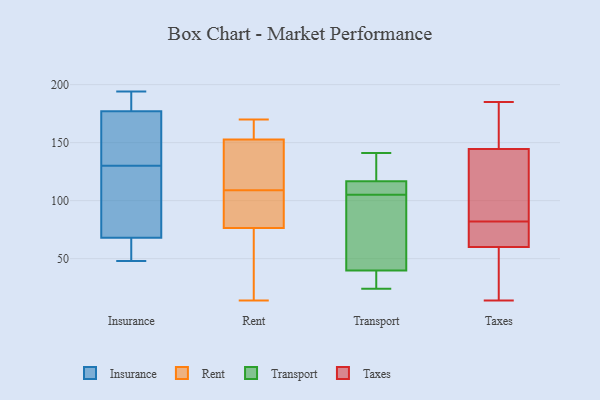
{"axis": {"x": "Budget (USD K)", "y": "Value"}, "legend": ["Insurance", "Rent", "Taxes", "Transport"], "data": [{"x": "", "y": 53, "type": "Insurance"}, {"x": "", "y": 48, "type": "Insurance"}, {"x": "", "y": 183, "type": "Insurance"}, {"x": "", "y": 158, "type": "Insurance"}, {"x": "", "y": 73, "type": "Insurance"}, {"x": "", "y": 186, "type": "Insurance"}, {"x": "", "y": 173, "type": "Insurance"}, {"x": "", "y": 135, "type": "Insurance"}, {"x": "", "y": 194, "type": "Insurance"}, {"x": "", "y": 177, "type": "Insurance"}, {"x": "", "y": 68, "type": "Insurance"}, {"x": "", "y": 125, "type": "Insurance"}, {"x": "", "y": 92, "type": "Insurance"}, {"x": "", "y": 61, "type": "Insurance"}, {"x": "", "y": 72, "type": "Rent"}, {"x": "", "y": 158, "type": "Rent"}, {"x": "", "y": 167, "type": "Rent"}, {"x": "", "y": 44, "type": "Rent"}, {"x": "", "y": 151, "type": "Rent"}, {"x": "", "y": 93, "type": "Rent"}, {"x": "", "y": 138, "type": "Rent"}, {"x": "", "y": 138, "type": "Rent"}, {"x": "", "y": 127, "type": "Rent"}, {"x": "", "y": 78, "type": "Rent"}, {"x": "", "y": 26, "type": "Rent"}, {"x": "", "y": 97, "type": "Rent"}, {"x": "", "y": 96, "type": "Rent"}, {"x": "", "y": 14, "type": "Rent"}, {"x": "", "y": 169, "type": "Rent"}, {"x": "", "y": 170, "type": "Rent"}, {"x": "", "y": 109, "type": "Rent"}, {"x": "", "y": 120, "type": "Transport"}, {"x": "", "y": 24, "type": "Transport"}, {"x": "", "y": 141, "type": "Transport"}, {"x": "", "y": 110, "type": "Transport"}, {"x": "", "y": 39, "type": "Transport"}, {"x": "", "y": 105, "type": "Transport"}, {"x": "", "y": 42, "type": "Transport"}, {"x": "", "y": 36, "type": "Transport"}, {"x": "", "y": 119, "type": "Transport"}, {"x": "", "y": 108, "type": "Transport"}, {"x": "", "y": 86, "type": "Transport"}, {"x": "", "y": 136, "type": "Taxes"}, {"x": "", "y": 102, "type": "Taxes"}, {"x": "", "y": 76, "type": "Taxes"}, {"x": "", "y": 46, "type": "Taxes"}, {"x": "", "y": 185, "type": "Taxes"}, {"x": "", "y": 14, "type": "Taxes"}, {"x": "", "y": 88, "type": "Taxes"}, {"x": "", "y": 53, "type": "Taxes"}, {"x": "", "y": 74, "type": "Taxes"}, {"x": "", "y": 67, "type": "Taxes"}, {"x": "", "y": 153, "type": "Taxes"}, {"x": "", "y": 181, "type": "Taxes"}]}